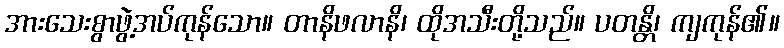
အားသေးစွာဖွဲ့အပ်ကုန်သော။ တာနိဖလာနိ၊ ထိုအသီးတို့သည်။ ပတန္တိ၊ ကျကုန်၏။